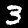
Digit: 3